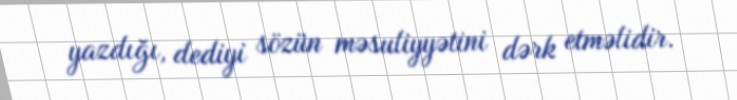
yazdığı, dediyi sözün məsuliyyətini dərk etməlidir.